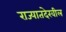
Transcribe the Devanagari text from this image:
राज्यातदेखील